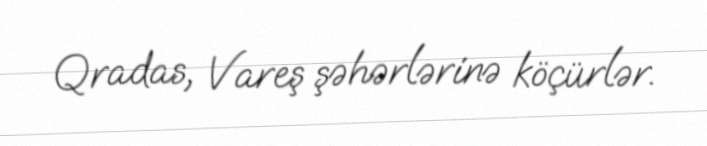
Qradas, Vareş şəhərlərinə köçürlər.